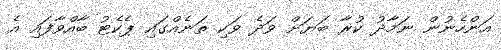
އަންހެނުން ނަމާދު ކުރާ ބަޔަށް ވަދެ ވަކި ތަނެއްގައި ޕެކެޓު ބާއްވާފައި އެ